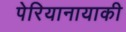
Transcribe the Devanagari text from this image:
पेरियानायाकी